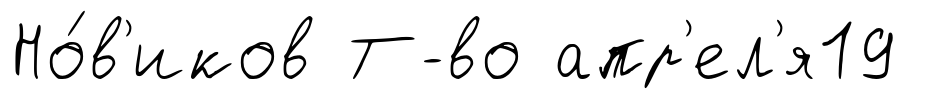
Но́в'иков Т-во апр'ел'я19